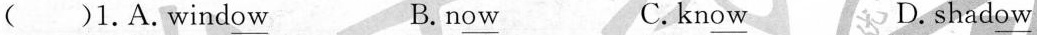
( )1.A.wind\underline{ow} B.n\underline{ow} C.kn\underline{ow} D.shad\underline{ow}